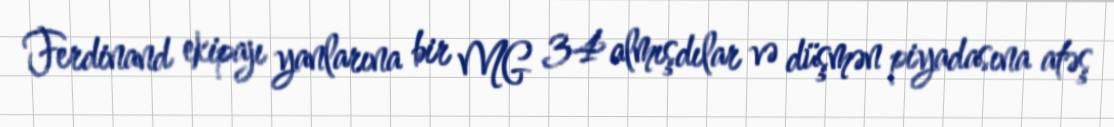
Ferdinand ekipajı yanlarına bir MG 34 almışdılar və düşmən piyadasına atəş